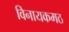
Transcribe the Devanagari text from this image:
विनायकमठ